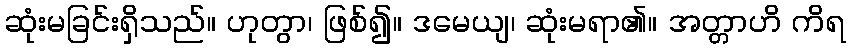
ဆုံးမခြင်းရှိသည်။ ဟုတွာ၊ ဖြစ်၍။ ဒမေယျ၊ ဆုံးမရာ၏။ အတ္တာဟိ ကိရ